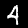
Digit: 4